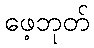
ဖေ့ဘုတ်